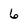
Character: 6